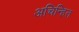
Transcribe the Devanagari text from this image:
अचिन्हित